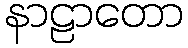
နာဠာတော